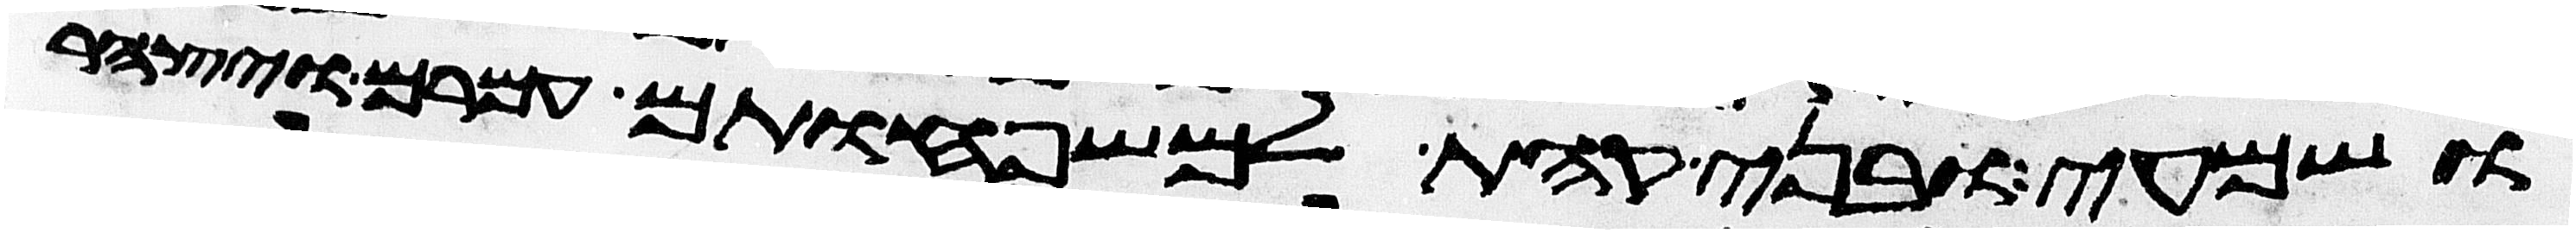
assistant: ושמעי ובני קהת למשפחותם עמרם ויצהר